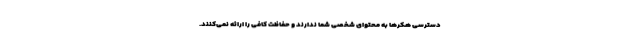
دسترسی هکرها به محتوای شخصی شما ندارند و حفاظت کافی را ارائه نمی‌کنند.